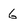
Character: 6